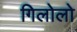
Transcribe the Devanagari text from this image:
गिलोलो